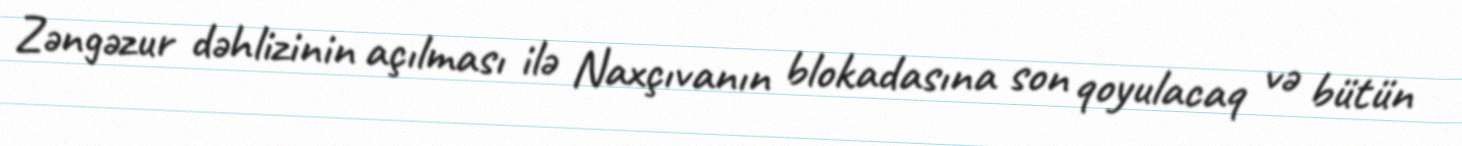
Zəngəzur dəhlizinin açılması ilə Naxçıvanın blokadasına son qoyulacaq və bütün